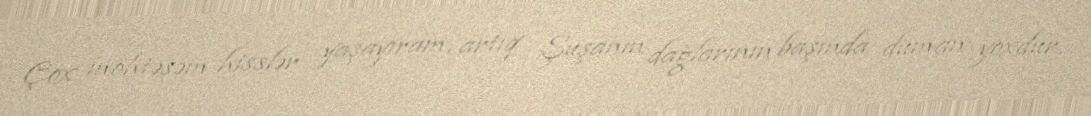
Çox möhtəşəm hisslər yaşayıram, artıq Şuşanın dağlarının başında duman yoxdur,